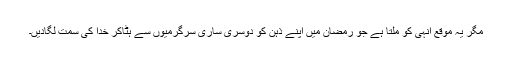
مگر یہ موقع انہی کو ملتا ہے جو رمضان میں اپنے ذہن کو دوسری ساری سرگرمیوں سے ہٹاکر خدا کی سمت لگادیں۔